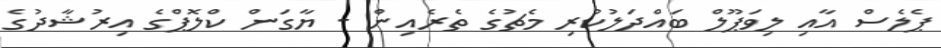
ޕެލެސް އާއި ލިވަޕޫލް ބައްދަލުކުރި މެޗުގެ ތެރެއިން - ޔާގަން ކްލޮޕްގެ އިރުޝާދުގެ